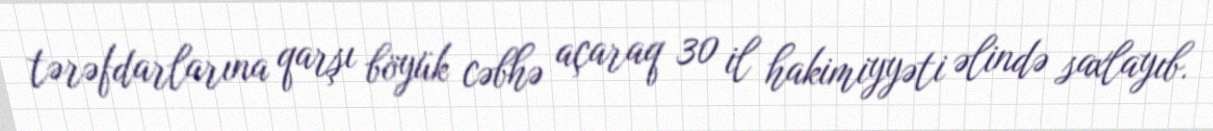
tərəfdarlarına qarşı böyük cəbhə açaraq 30 il hakimiyyəti əlində saxlayıb.